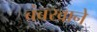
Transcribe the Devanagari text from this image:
बंबखाने